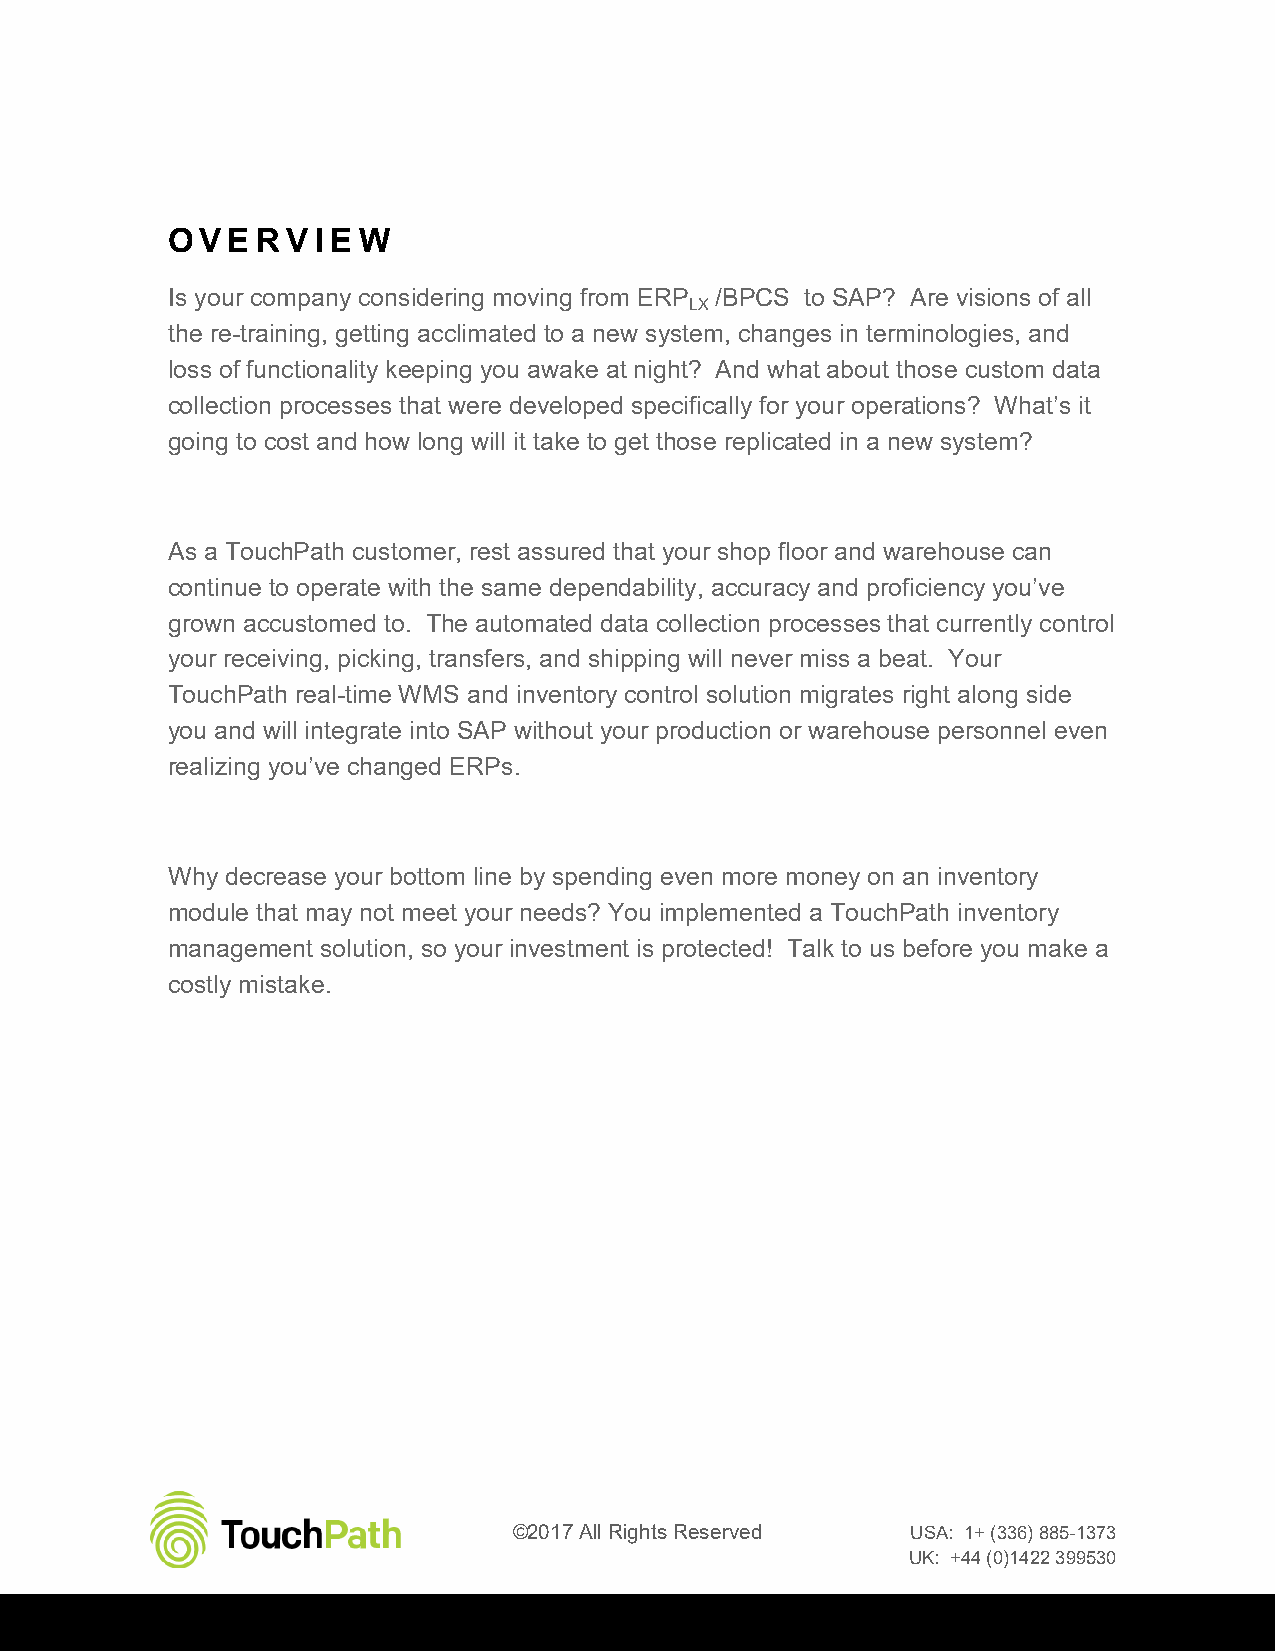
OV  E RV  IE W
 Is your company considering moving from ERP /BPCS to SAP? Are visions of all
 LX
 the re-training, getting acclimated to a new system, changes in terminologies, and
 loss of functionality keeping you awake at night? And what about those custom data
 collection processes that were developed specifically for your operations? What’s it
 going to cost and how long will it take to get those replicated in a new system?
 As a TouchPath customer, rest assured that your shop floor and warehouse can
 continue to operate with the same dependability, accuracy and proficiency you’ve
 grown accustomed to. The automated data collection processes that currently control
 your receiving, picking, transfers, and shipping will never miss a beat. Your
 TouchPath real-time WMS and inventory control solution migrates right along side
 you and will integrate into SAP without your production or warehouse personnel even
 realizing you’ve changed ERPs.
 Why decrease your bottom line by spending even more money on an inventory
 module that may not meet your needs? You implemented a TouchPath inventory
 management solution, so your investment is protected! Talk to us before you make a
 costly mistake.
 ©2017 All Rights Reserved USA: 1+ (336) 885-1373
 UK: +44 (0)1422 399530